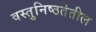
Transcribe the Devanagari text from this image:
वस्तुनिष्ठतेतील